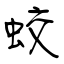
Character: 蛟